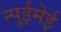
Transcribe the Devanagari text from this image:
न्पुईमेई